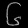
Digit: ၆